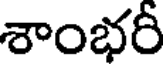
శాంభరీ